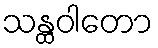
သန္ထဝါတော